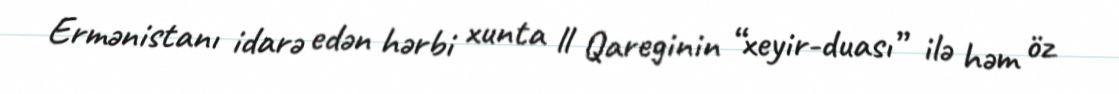
Ermənistanı idarə edən hərbi xunta ll Qareginin “xeyir-duası” ilə həm öz